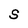
Character: s